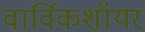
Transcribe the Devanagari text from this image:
वार्विकशॉयर